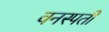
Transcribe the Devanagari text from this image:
वनस्‍पती